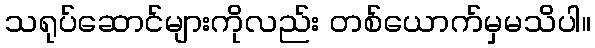
သရုပ်ဆောင်များကိုလည်း တစ်ယောက်မှမသိပါ။